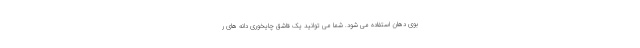
بوی دهان استفاده می شود. شما می توانید یک قاشق چایخوری دانه های ر